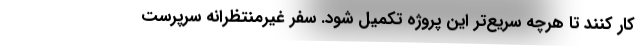
کار کنند تا هرچه سریع‌تر این پروژه تکمیل شود. سفر غیرمنتظرانه سرپرست